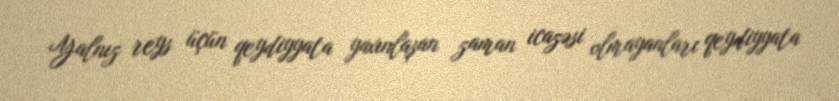
Yalnız reys üçün qeydiyyata yaxınlaşan zaman icazəsi olmayanları qeydiyyata